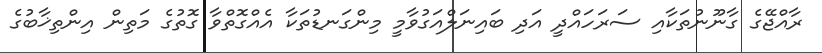
ރާއްޖޭގެ ގާނޫނުތަކާއި ސަރަހައްދީ އަދި ބައިނަލްއަގުވާމީ މިންގަނޑުތަކާ އެއްގޮތްވާ ގޮތުގެ މަތިން އިންތިޚާބުގެ